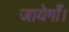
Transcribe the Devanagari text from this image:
जायेगाँ।